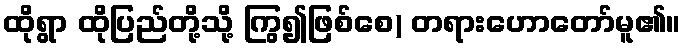
ထိုရွာ ထိုပြည်တို့သို့ ကြွ၍ဖြစ်စေ) တရားဟောတော်မူ၏။